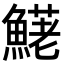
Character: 𩺆